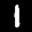
Label: 1